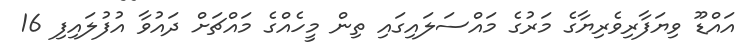
އައްޑޫ ވިޔަފާރިވެރިޔާގެ މަރުގެ މައްސަލައިގައި ތިން މީހެއްގެ މައްޗަށް ދައުވާ އުފުލައިފި 16